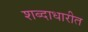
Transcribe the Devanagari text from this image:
शब्दाधारीत